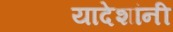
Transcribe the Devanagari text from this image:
यादेशांनी